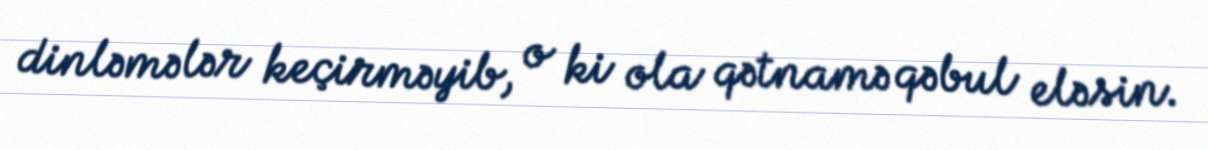
dinləmələr keçirməyib, o ki ola qətnamə qəbul eləsin.